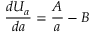
\frac { d U _ { a } } { d a } = \frac { A } { a } - B